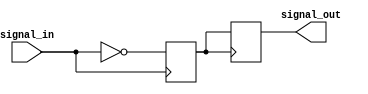
module timing_control_and_sync (
    input wire signal_in,
    output reg signal_out
);

reg delay_signal;

always @ (posedge signal_in) begin
    delay_signal <= ~signal_in; // Inverter delay
end

always @ (posedge delay_signal) begin
    signal_out <= delay_signal;
end

endmodule